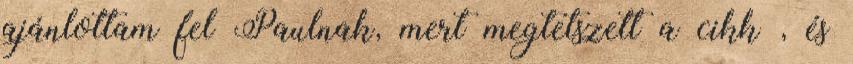
ajánlottam fel Paulnak, mert megtetszett a cikk , és